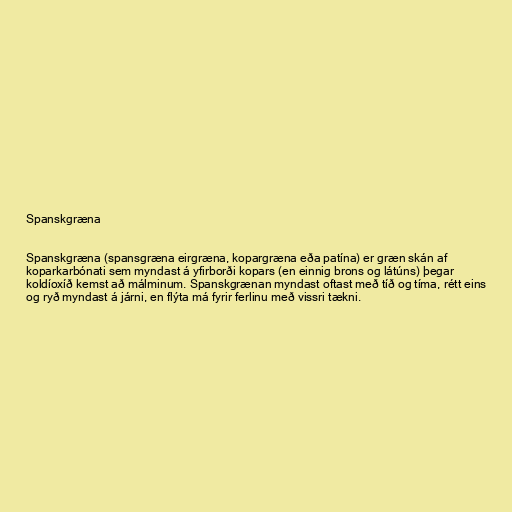
Spanskgræna

Spanskgræna (spansgræna eirgræna, kopargræna eða patína) er græn skán af
koparkarbónati sem myndast á yfirborði kopars (en einnig brons og látúns) þegar
koldíoxíð kemst að málminum. Spanskgrænan myndast oftast með tíð og tíma, rétt eins
og ryð myndast á járni, en flýta má fyrir ferlinu með vissri tækni.